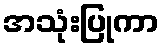
အသုံးပြုကာ